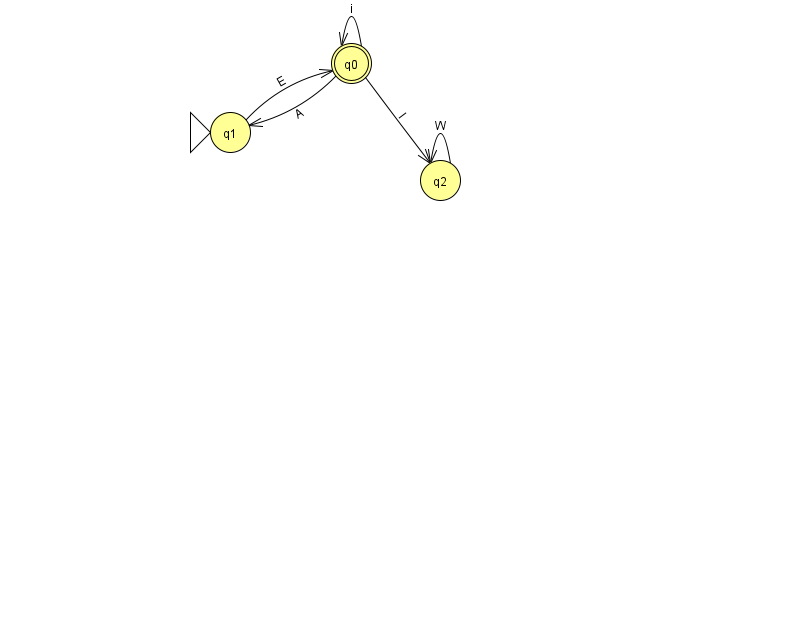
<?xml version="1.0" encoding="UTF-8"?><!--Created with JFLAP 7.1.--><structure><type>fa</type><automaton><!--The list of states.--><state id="0" name="q0"><x>351.0</x><y>50.0</y><final/></state><state id="1" name="q1"><x>230.0</x><y>119.0</y><initial/></state><state id="2" name="q2"><x>440.0</x><y>167.0</y></state><!--The list of transitions.--><transition><from>1</from><to>0</to><read>E</read></transition><transition><from>0</from><to>2</to><read>I</read></transition><transition><from>0</from><to>1</to><read>A</read></transition><transition><from>2</from><to>2</to><read>W</read></transition><transition><from>0</from><to>0</to><read>i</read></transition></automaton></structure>